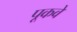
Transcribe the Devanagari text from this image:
पूकवे